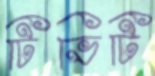
টিভিটি